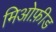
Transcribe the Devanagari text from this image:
मिओफ़ीड